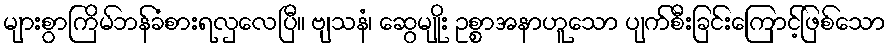
များစွာကြိမ်ဘန်ခံစားရလှလေပြီ။ ဗျသနံ၊ ဆွေမျိုး ဥစ္စာအနာဟူသော ပျက်စီးခြင်းကြောင့်ဖြစ်သော